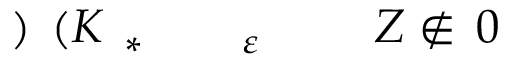
\! \! \! \! \! \! \! \! \! \! \! 0 \! \! \! \! \! \! \! \! \! \! \! \! \notin \! \! \! \! \! \! \! \! \! \! \! \! Z \! \! \! \! \! \! \! \! \! \! \! \! _ { \! \! \! \! \! \! \! \! \! \! \! \! \varepsilon \! \! \! \! \! \! \! \! \! \! \! \! ^ { \! } \! \! \! \! \! \! \! \! \! \! \! * } \! \! \! \! \! \! \! \! \! \! \! \! ( K \! \! \! \! \! \! \! \! \! \! \! \! ) \! \! \! \! \! \! \! \! \! \! \!